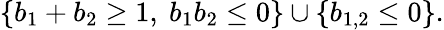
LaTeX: \left\{ b_{1}+b_{2}\geq 1,\ b_{1}b_{2}\leq 0\right\} \cup\left\{ b_{1,2}\leq 0\right\} .